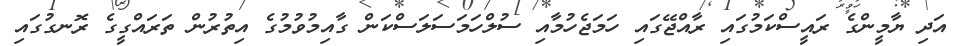
އަދި ޔާމީންގެ ރައީސްކަމުގައި ރާއްޖޭގައި ހަމަޖެހުމާއި ސުލްހަމަސަލަސްކަން ގާއިމުވުމުގެ އިތުރުން ތަރައްގީގެ ރޮނގުގައި